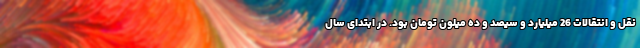
نقل و انتقالات 26 میلیارد و سیصد و ده میلون تومان بود. در ابتدای سال